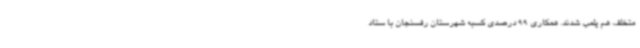
متخلف هم پلمب شدند. همکاری 99 درصدی کسبه شهرستان رفسنجان با ستاد